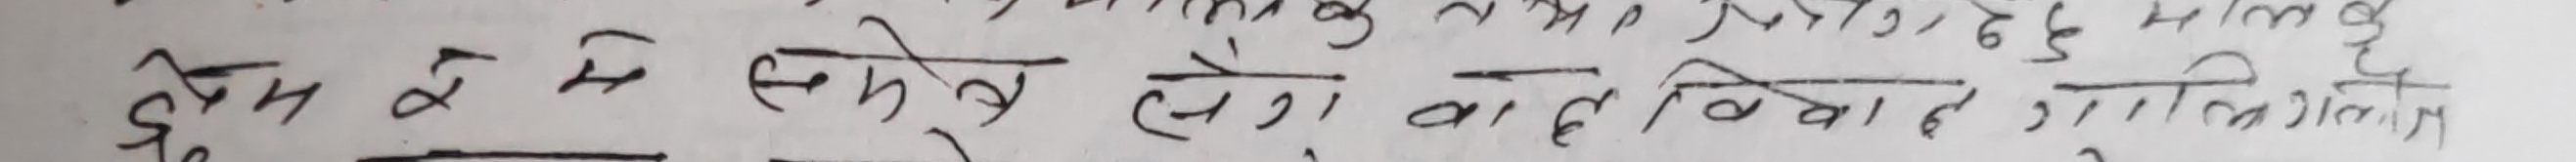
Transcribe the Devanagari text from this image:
क्षेत्र में संक्षेप हो वाले विवाद गतिविधि